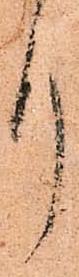
り